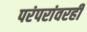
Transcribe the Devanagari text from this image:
परंपरांवरही